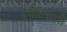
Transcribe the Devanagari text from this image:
पूर्वीधिकारी